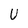
Character: U